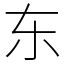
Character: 东